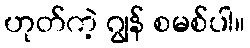
ဟုတ်ကဲ့ ဂျွန် စမစ်ပါ။